Account of plague administration in the Bombay Presidency from September 1896 till May 1897
Year: 1896
Disease focus: Plague
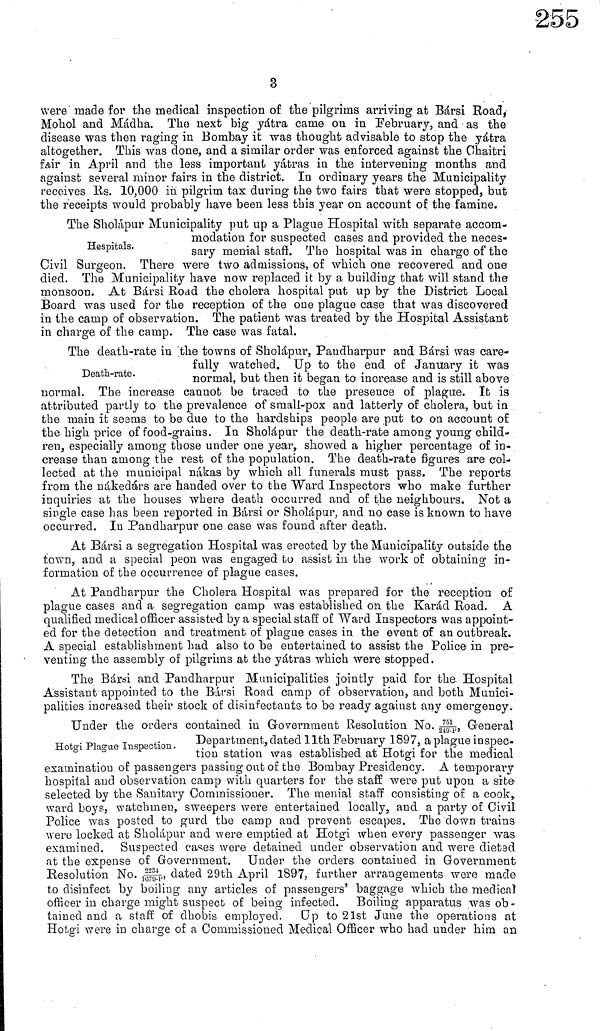
3
were made for the medical inspection of the pilgrims arriving at Bársi Road,
Mohol and Mádha. The next big yátra came on in February, and as the
disease was then raging in Bombay it was thought advisable to stop the yátra
altogether. This was done, and a similar order was enforced against the Ghaitri
fair in April and the less important yátras in the intervening months and
against several minor fairs in the district. In ordinary years the Municipality
receives Rs. 10,000 in pilgrim tax during the two fairs that were stopped, but
the receipts would probably have been less this year on account of the famine.
Hospitals.
The Sholápur Municipality put up a Plague Hospital with separate accom-
modation for suspected cases and provided the neces-
sary menial staff. The hospital was in charge of the
Civil Surgeon. There were two admissions, of which one recovered and one
died. The Municipality have now replaced it by a building that will stand the
monsoon. At Bársi Road the cholera hospital put up by the District Local
Board was used for the reception of the one plague case that was discovered
in the camp of observation. The patient was treated by the Hospital Assistant
in charge of the camp. The case was fatal.
Death-rate.
The death-rate in the towns of Sholapur, Paudharpur and Bársi was care-
fully watched. Up to the end or January it was
normal, but then it began to increase and is still above
normal. The increase cannot be traced to the presence of plague. It is
attributed partly to the prevalence of small-pox and latterly of cholera, but in
the main it seems to be due to the hardships people are put to on account of
the high price of food-grains. In Sholápur the death-rate among young child-
ren, especially among those under one year, showed a higher percentage of in-
crease than among the rest of the population. The death-rate figures are col-
lected at the municipal nákas by which all funerals must pass. The reports
from the nákedárs are handed over to the Ward Inspectors who make further
inquiries at the houses where death occurred and of the neighbours. Not a
single case has been reported in Bársi or Sholapur, and no case is known to have
occurred. In Pandharpur one case was found after death.
At Bársi a segregation Hospital was erected by the Municipality outside the
town, and a special peon was engaged bo assist in the work of obtaining in-
formation of the occurrence of plague cases.
At Pandharpur the Cholera Hospital was prepared for the reception of
plague cases and a segregation camp was established 011 the Karád Road. A
qualified medical officer assisted by a special staff of Ward Inspectors was appoint-
ed for the detection and treatment of plague cases in the event of an outbreak,
A special establishment had also to be entertained to assist the Police in pre-
venting the assembly of pilgrims at the yátras which were stopped.
The Bársi and Paudharpur Municipalities jointly paid for the Hospital
Assistant appointed to the Bársi Road camp of observation, and both Munici-
palities increased their stock of disinfectants to be ready against any emergency.
Hotgi Plague Inspection.
Under the orders contained in Government Resolution No. 751, General
Department, dated 11th February 1897, a plague inspec-
tion station was established at Hotgi for the medical
examination of passengers passing out of the Bombay Presidency. A temporary
hospital and observation camp with quarters for the staff were put upon a site
selected by the Sanitary Commissioner. The menial staff consisting of a cook
ward boys, watchmen, sweepers were entertained locally, and a party of Civil
Police was posted to gurd the camp and prevent escapes. The down trains
were locked at Sholapur and were emptied at Hotgi when every passenger was
examined. Suspected cases were detained under observation and were dieted
at the expense of Government. Under the orders contaiued in Government
Resolution No. 2234, dated 29th April 1897, further arrangements were made
to disinfect by boiling any articles of passengers' baggage which the medical
officer in charge might suspect of being infected. Boiling apparatus was ob-
tained and a staff of dhobis employed. Up to 21st June the operations at
Hotgi were in charge of a Commissioned Medical Officer who had under him an